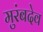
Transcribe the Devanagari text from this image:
मुरंबदेव